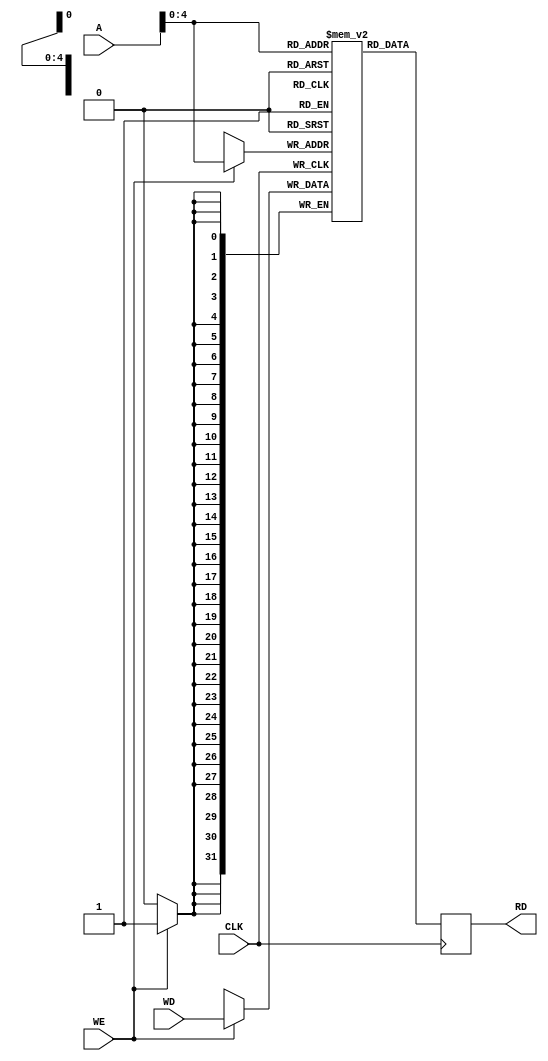
`timescale 1ns / 1ps

module DataMemory(
    input wire CLK, 
    input wire WE,
    input wire [31:0] WD,
    input wire [31:0] A,
    output reg [31:0] RD
);

reg[31:0] Memory [31:0];

always@(posedge CLK)
    begin
        if (WE)
            begin
                Memory[A] <= WD;
            end
        RD = Memory[A];
    end
endmodule